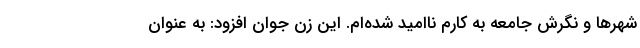
شهرها و نگرش جامعه به کارم ناامید شده‌ام. این زن جوان افزود: به عنوان